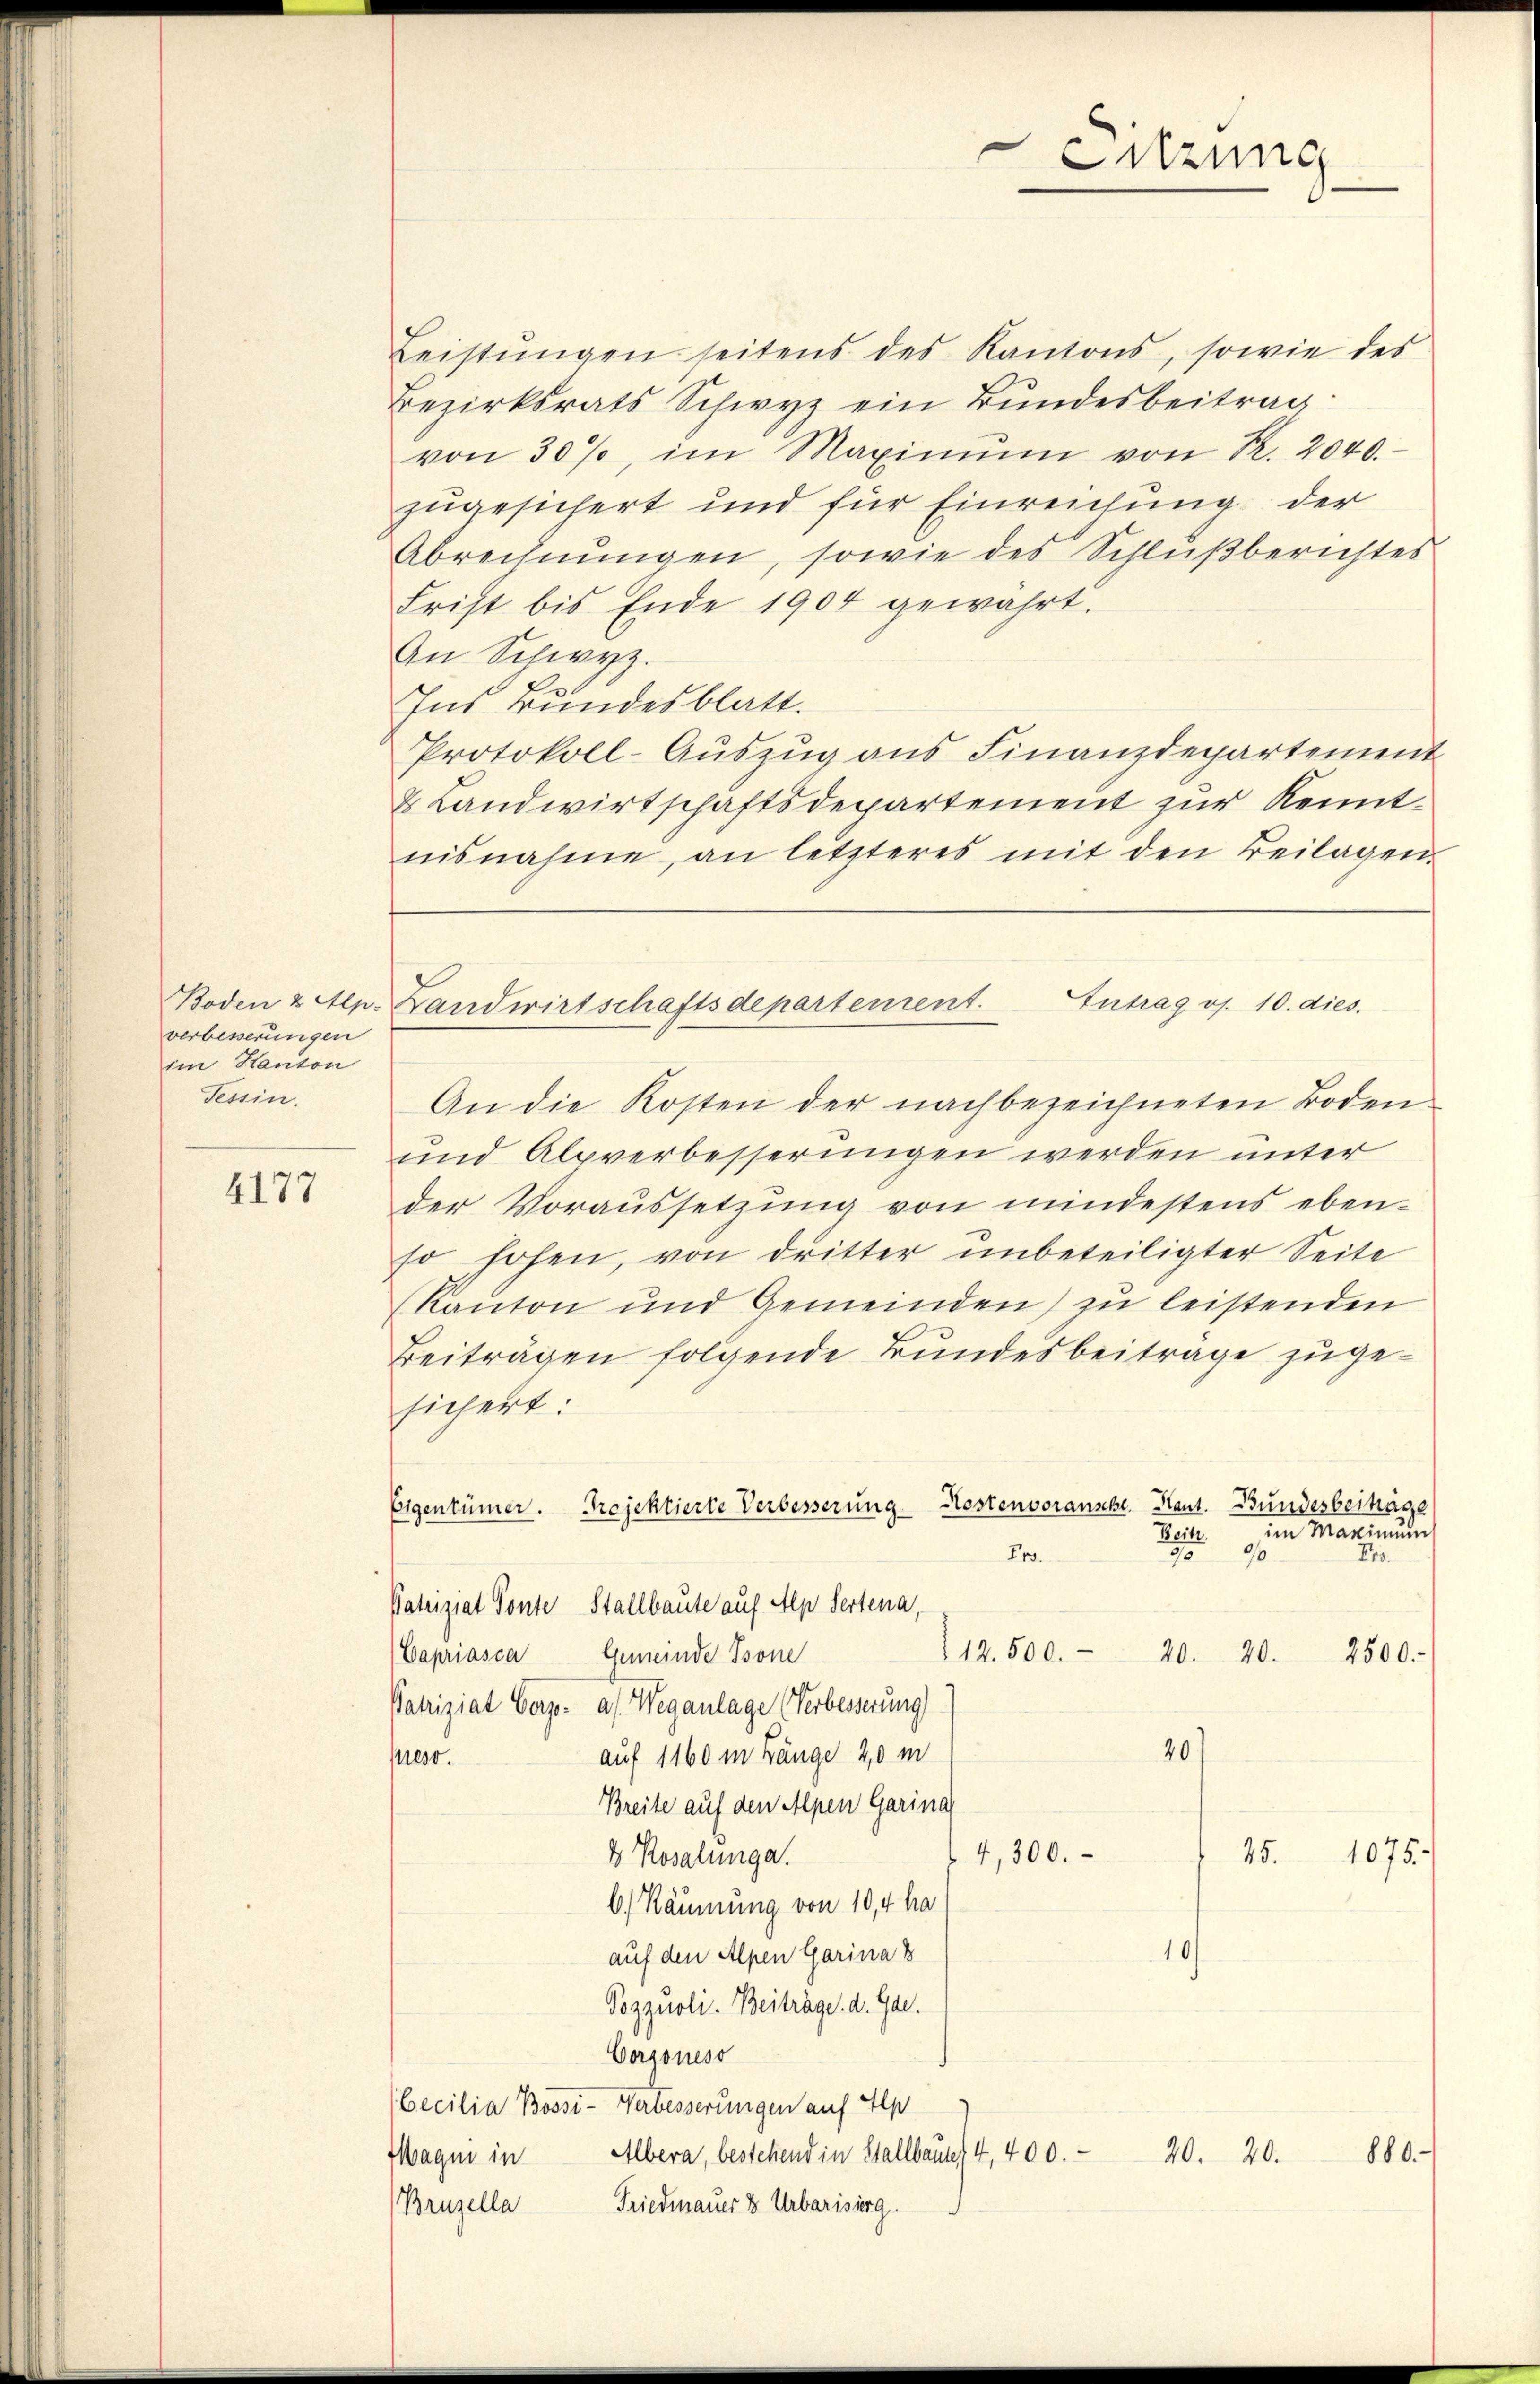
verbesserungen
im Hauton
Seain.

4177

Boden 2 Mn. Landwirtschaftsdepartement. Intrag v. 10. dies

Leistŭngen seitens des Kantons, sowie des
Bezirksrats Schwyz ein Bundesbeitrag
von 30%, im Maximŭm von R. 2040.
zugesichert und für Einreichung der
Abrechnungen, sowie des Schlußberichtes
Frist bis Ende 1904 gewährt.
An Schwyz.
Ins Bundesblatt.
Protokoll-Aŭszŭg ans Finanzdepartement
& Landwirtschaftsdepartement zur Kenntnisnahme, an letzteres mit den Beilagen.
An die Kosten der nachbezeichneten Boden-
und Alpverbesserungen werden unter
der Voraussetzŭng von mindestens eben-
so hohen, von dritter unbeteiligter Seite
(Kanton und Gemeinden) zu leistenden
Beiträgen folgende Bundesbeitrage zugesichert:
Eigentümer. Projektierte Verbesserung Kostenvoransche. Kant. Bundesbeihäge
Reite im Maximŭm
55
Fr.
Er
Patriziat Tonte Stallbaute auf Alp Sertena,
112.500.
Capriasca
Gemeinde Isone
20. 20. 2500.
Patriziat Verp. a/. Weganlage (Verbesserung
20)
auf 1160 m Länge 20 m
eso.
Breite auf den Alpen Garina
4,300.
4 Rosalinge.
45. 1075.
6.) Räumung von 10,4 ha
1
auf den Alpen Garina 8
Pozzuoli. Beiträge. d. Gar.
Corgoneso
(becilia Bossi- Verbesserungen auf Alp
Albera, bestehend in Stallbaute 4, 400. 20. 20. 880.
Wagin in
Bruzella
Friedmauer 8 Urbarisirg.

Sitzung